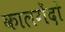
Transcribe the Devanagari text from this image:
कालगेंदों